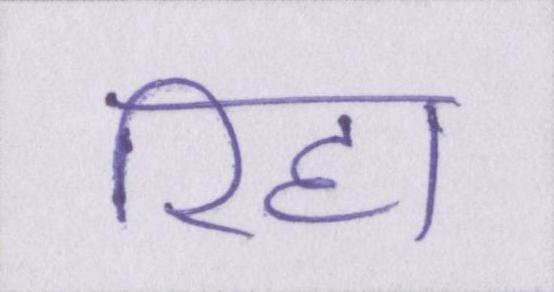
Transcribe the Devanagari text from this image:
रिहा